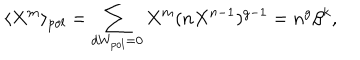
LaTeX: \langle X ^ { m } \rangle _ { p o l } = \sum _ { d W _ { p o l } = 0 } X ^ { m } ( n X ^ { n - 1 } ) ^ { g - 1 } = n ^ { g } \beta ^ { k } ,